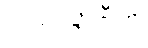
အနဝဇ္ဇာနီတိ